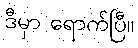
ဒီမှာ ရောက်ပြီ။